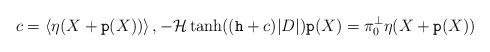
LaTeX: \begin{align*} c = \langle \eta (X+ {\mathtt p} (X) ) \rangle \, , - {\cal H} \tanh ((\mathtt h +c)|D|) {\mathtt p} (X) = \pi_0^\bot \eta (X+ {\mathtt p} (X) ) \end{align*}